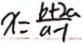
x = \frac { b + 2 a } { a - 1 }